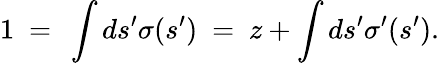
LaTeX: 1~=~\int ds^{\prime}\sigma(s^{\prime})~=~z+\int ds^{\prime}\sigma^{\prime}(s^{\prime}).